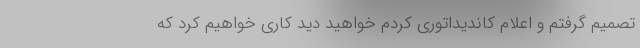
تصمیم گرفتم و اعلام کاندیداتوری کردم خواهید دید کاری خواهیم کرد که